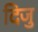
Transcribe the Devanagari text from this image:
दिजु